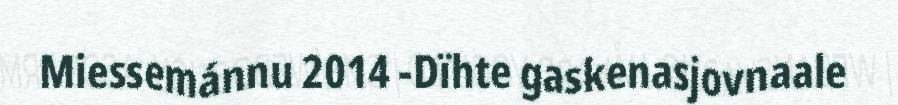
Miessemánnu 2014 -Dïhte gaskenasjovnaale